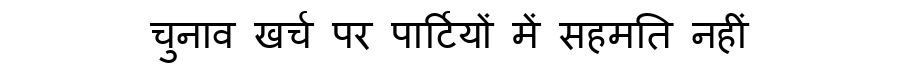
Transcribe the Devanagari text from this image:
चुनाव खर्च पर पार्टियों में सहमति नहीं